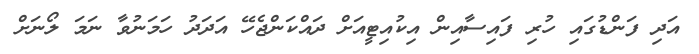
އަދި ފަންޑުގައި ހުރި ފައިސާއިން އިކުއިޓީއަށް ދައްކަންޖެހޭ އަދަދު ހަމަނުވާ ނަމަ ލޯނަށް